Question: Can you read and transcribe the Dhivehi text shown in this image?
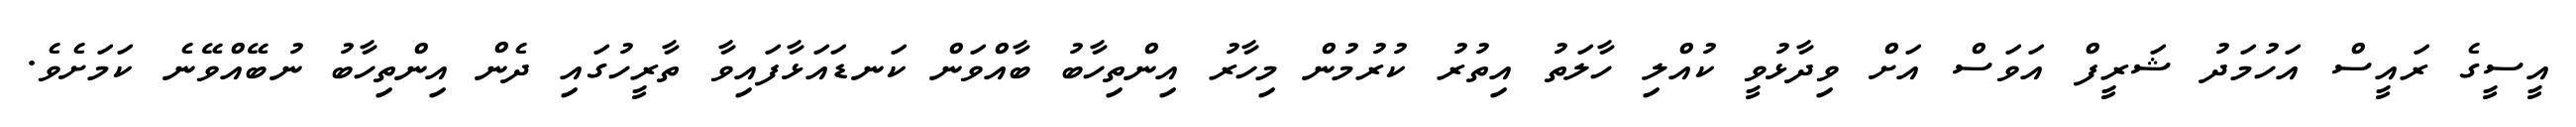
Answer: އީސީގެ ރައީސް އަހުމަދު ޝަރީފް އަވަސް އަށް ވިދާޅުވީ ކުއްލި ހާލަތު އިތުރު ކުރުމުން މިހާރު އިންތިހާބު ބާއްވަން ކަނޑައަޅާފައިވާ ތާރީހުގައި ދެން އިންތިހާބު ނުބޭއްވޭނެ ކަމަށެވެ.